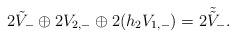
LaTeX: \begin{align*} 2\tilde{V}_- \oplus 2V_{2,-} \oplus 2 (h_2 V_{1,-}) = 2\tilde{\tilde{V}}_-.\end{align*}